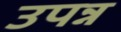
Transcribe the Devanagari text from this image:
उपन्न